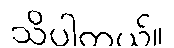
သိပါတယ်။